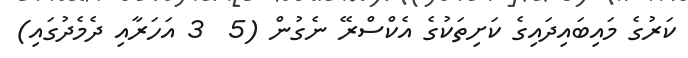
ކަރުގެ މައިބައިދައިގެ ކަށިތަކުގެ އެކްސްރޭ ނެގުން (5  3 އަހަރާއި ދެމެދުގައި)